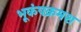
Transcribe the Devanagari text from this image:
भूकंपक्रमश